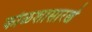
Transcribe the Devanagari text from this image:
कोळशासारखे